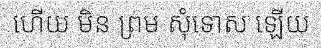
ហើយ មិន ព្រម សុំទោស ឡើយ